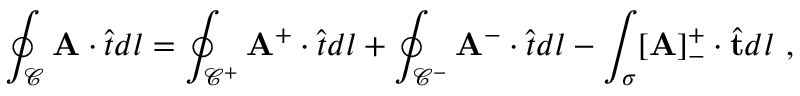
\oint _ { \mathcal { C } } \mathbf { A } \cdot \hat { \boldsymbol { t } } d l = \oint _ { \mathcal { C } ^ { + } } \mathbf { A } ^ { + } \cdot \hat { \boldsymbol { t } } d l + \oint _ { \mathcal { C } ^ { - } } \mathbf { A } ^ { - } \cdot \hat { \boldsymbol { t } } d l - \int _ { \sigma } [ \mathbf { A } ] _ { - } ^ { + } \cdot \hat { \mathbf { t } } d l ~ ,